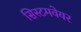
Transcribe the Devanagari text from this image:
सिस्टमवेयर